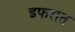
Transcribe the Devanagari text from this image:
इफरात